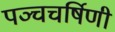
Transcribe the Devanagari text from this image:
पञ्चचर्षिणी